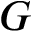
G